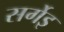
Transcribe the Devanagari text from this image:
सर्गेइ